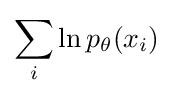
\sum _{i}\ln p_{\theta }(x_{i})